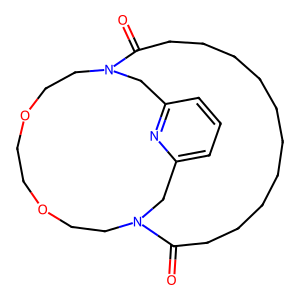
SMILES: O=C1CCCCCCCCCCC(=O)N2CCOCCOCCN1Cc1cccc(n1)C2
Inhibits HIV replication: No